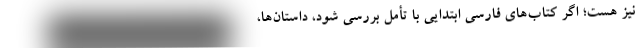
نیز هست؛ اگر کتاب‌های فارسی ابتدایی با تأمل بررسی شود، داستان‌ها،